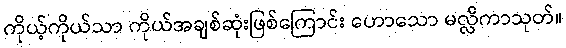
ကိုယ့်ကိုယ်သာ ကိုယ်အချစ်ဆုံးဖြစ်ကြောင်း ဟောသော မလ္လိကာသုတ်။